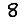
Digit: 8